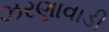
ઝરણાવાડી